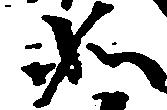
如